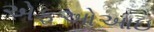
એફઓઆઇ